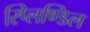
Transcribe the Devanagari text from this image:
स्प्लिण्डिल